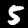
Label: 5